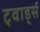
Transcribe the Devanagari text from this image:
टुवार्ड्स